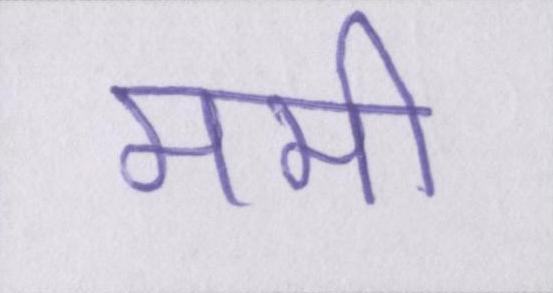
ममी